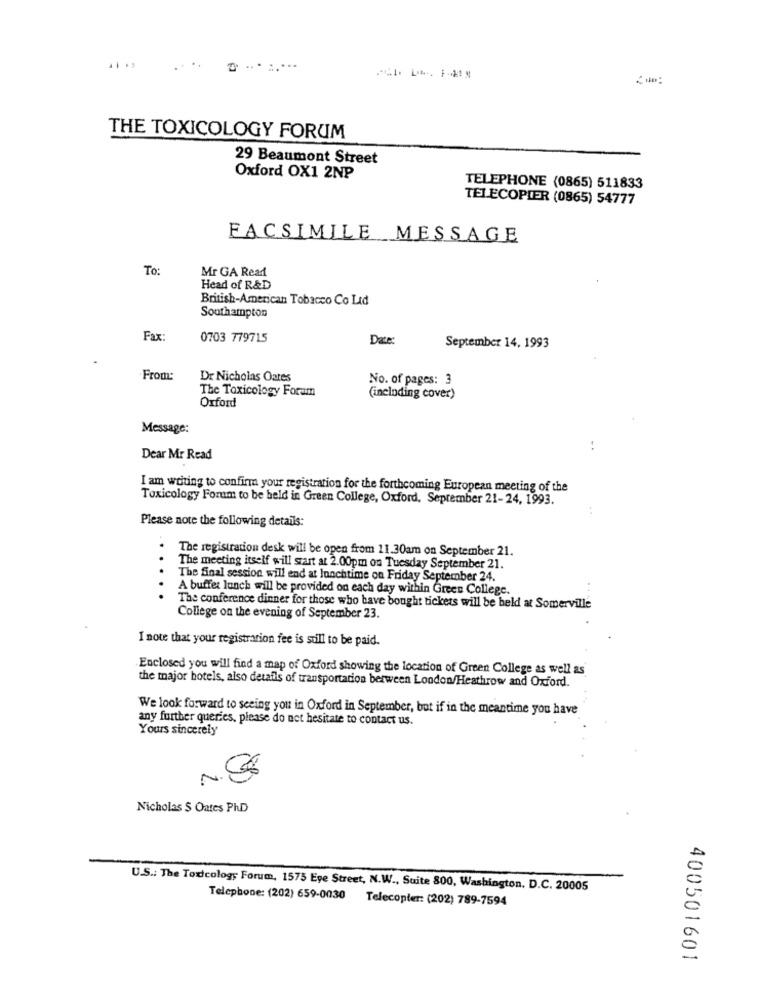
THE TOXICOLOGY FORUM
29 Beaumont Street
Oxford OX1 2NP
TELEPHONE (0865) 511833
TELECOPIER (0865) 54777
FACSIMILE MESSAGE
To:
Mr GA Read
Head of R&D
British-American Tobacco Co Ltd
Southampton
Fax:
0703 779715
Date
September 14, 1993
From:
Dr Nicholas Oates
No. of pages: 3
The Toxicology Foram
Oxford
(including cover)
Message:
Dear Mr Read
I am writing to confirm your registration for the forthcoming European meeting of the
Toxicology Forum to be held in Green College, Oxford, September 21-24, 1993.
Please note the following details:
The registration desk will be open from 11.30am on September 21.
The meeting itself will start at 2.00pm on Tuesday September 21.
The final session will end at lunchtime on Friday September 24.
...
A buffet lunch will be provided on each day within Green College.
The conference dinner for those who have bought tickets will be held at Somerville
College on the evening of September 23.
I note that your registration fee is sull to be paid.
Enclosed you will find a map of Oxford showing the location of Green College as well as
the major hotels, also details of transportation berween London/Heathrow and Oxford.
We look forward to seeing you in Oxford in September, but if in the meantime you have
any further queries, please do not hesitate to contact us.
Yours sincerely
2
Nicholas $ Oates PhD
U.S .: The Toxicology Forum, 1575 Ege Street, N.W ., Suite 800, Washington, D.C. 20005
Telephone: (202) 659-0030 Telecopter: (202) 789-7594
400501601